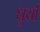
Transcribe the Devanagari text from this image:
धुर्यो